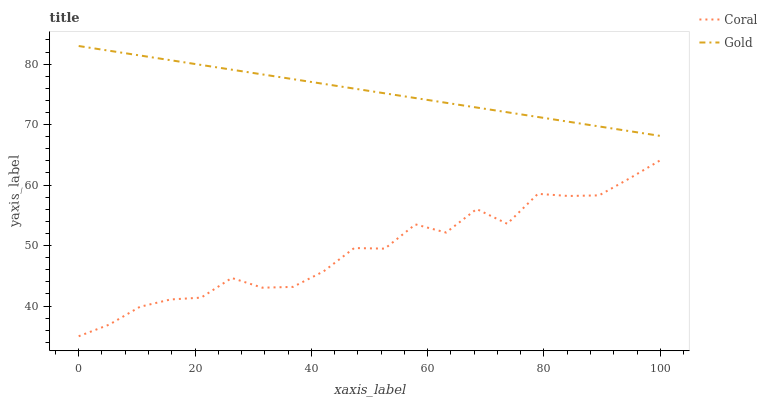
| xaxis_label | Coral | Gold |
 | --- | --- | --- |
 | 0 | 35 | 83 |
 | 5.26 | 36.9 | 82.2 |
 | 10.5 | 39.9 | 81.4 |
 | 15.8 | 41.1 | 80.7 |
 | 21.1 | 41.4 | 79.9 |
 | 26.3 | 44.6 | 79.1 |
 | 31.6 | 43 | 78.3 |
 | 36.8 | 43.2 | 77.5 |
 | 42.1 | 45.7 | 76.7 |
 | 47.4 | 49.6 | 76 |
 | 52.6 | 49.5 | 75.2 |
 | 57.9 | 53.5 | 74.4 |
 | 63.2 | 52.1 | 73.6 |
 | 68.4 | 56 | 72.8 |
 | 73.7 | 53.6 | 72 |
 | 78.9 | 58.6 | 71.3 |
 | 84.2 | 58.2 | 70.5 |
 | 89.5 | 58.3 | 69.7 |
 | 94.7 | 61.1 | 68.9 |
 | 100 | 64.1 | 68.1 |